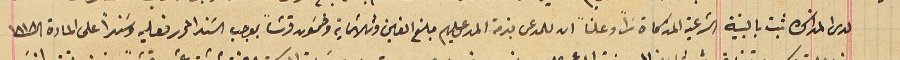
لدى المذاكرة ثبت بالبينة الشرعيةالمذكاة سراً وعلناً ان للمدعى بذمة المدعى عليهم مبلغ الفين وثلاثماية وخمسَون قرشاً بموجب السَند المحرر فعليه وسَنداً على المادة الـ ١٨١٨